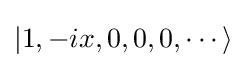
|1,-ix,0,0,0,\cdots \rangle